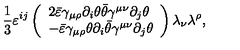
\frac 1 3 \varepsilon ^ { i j } \left( \begin{array} { l } { 2 \bar { \varepsilon } \gamma _ { \mu \rho } \partial _ { i } \theta \bar { \theta } \gamma ^ { \mu \nu } \partial _ { j } \theta } \\ { - \bar { \varepsilon } \gamma _ { \mu \rho } \theta \partial _ { i } \bar { \theta } \gamma ^ { \mu \nu } \partial _ { j } \theta } \\ \end{array} \right) \lambda _ { \nu } \lambda ^ { \rho } ,